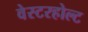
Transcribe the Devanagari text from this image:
वेस्टरहोल्ट